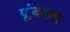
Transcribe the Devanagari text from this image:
प्लंबरचा